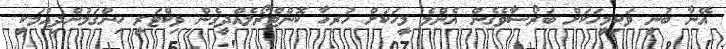
އޭނާ ބުނީ ވަކިމީހަކަށް ބަރޯސާވެގެން އެންމެ މީހަކަށް ހުރިހާ ކޮންޓްރޯލެއްދީގެން ވިކްޓަރީ ހިންގަމުންދިއުމަކީ